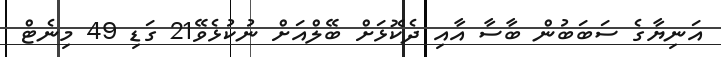
އަނިޔާގެ ސަބަބުން ބާސާ އާއި ދެކޮޅަށް ބޭލްއަށް ނުކުޅެވޭ21 ގަޑި 49 މިނެޓް